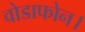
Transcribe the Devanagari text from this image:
वोडाफोन।